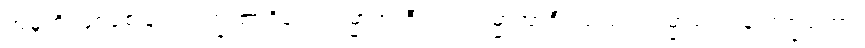
အမှုကို ဖြစ်စေခြင်းလက္ခဏာရှိ၏။ သမ္မာအာဇီဝေါ၊ သမ္မာအာဇီဝသည်။ သမ္မာဝေါဒါနလက္ခဏော၊